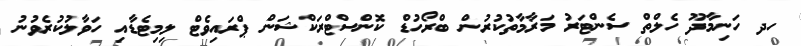
ހދ ހަނިމާދޫ ހެލްތް ސެންޓަރު މަރާމާތުކުރުން ބްރޯހުޑް ކޮންސްޓްރަކްޝަން ޕްރައިވެޓް ލިމިޓެޑާއި ހަވާލުކުރެވުނު